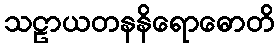
သဠာယတနနိရောဓောတိ